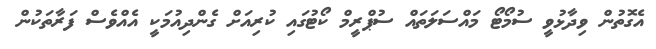
އެގޮތުން ވިދާޅުވީ ސުމޯޓޯ މައްސަލަތައް ސުޕްރީމް ކޯޓުގައި ކުރިއަށް ގެންދިއުމަކީ އެއްވެސް ފަރާތަކުން